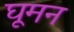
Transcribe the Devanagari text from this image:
घूमन